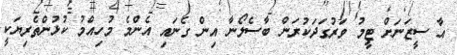
އާ ސީޒަނަށް ޓީމު ވަރުގަދަކުރަން ބާސެލޯނާ އިން ގެނައި އެންމެ މުހިއްމު ކުޅުންތެރިޔަކީ